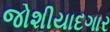
જોશીયાદગાર